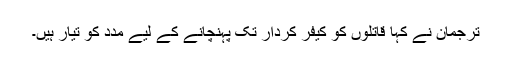
ترجمان نے کہا قاتلوں کو کیفر کردار تک پہنچانے کے لیے مدد کو تیار ہیں۔